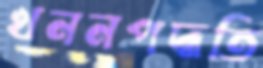
খননপদ্ধতি